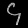
Digit: ၄